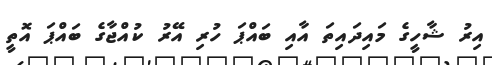
އިރު ޝާހީގެ މައިދައިތަ އާއި ބައްޕަ ހުރި އޭރު ކުއްޖާގެ ބައްޕަ އޮތީ